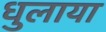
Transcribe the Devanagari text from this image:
धुलाया